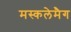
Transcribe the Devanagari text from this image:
मस्कलेमैग